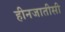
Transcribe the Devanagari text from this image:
हीनजातीसी